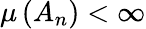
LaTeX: \mu\left(A_{n}\right)<\infty